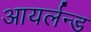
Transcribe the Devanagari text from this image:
आयर्लन्ड